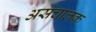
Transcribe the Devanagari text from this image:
असंचालक